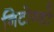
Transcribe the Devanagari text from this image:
निटोन्डो